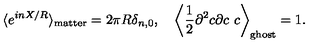
\langle e ^ { i n X / R } \rangle _ { \mathrm { m a t t e r } } = 2 \pi R \delta _ { n , 0 } , \quad \left\langle \frac { 1 } { 2 } \partial ^ { 2 } c \partial c \ c \right\rangle _ { \mathrm { g h o s t } } = 1 .